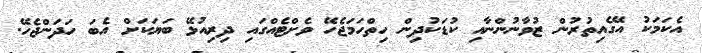
އެކަމަކު އޭގެއިތުރުން ޒުވާނުންނާއި ކުޑަކުދިން ހިތްހަމަޖެހޭ ވެށްޓެއްގައި ދިރިއުޅޭ ބަޔަކަށް އެބަ ހަދަންޖެހޭ.